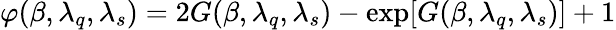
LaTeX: \varphi(\beta,\lambda_{q},\lambda_{s})=2G(\beta,\lambda_{q},\lambda_{s})-\exp[G(\beta,\lambda_{q},\lambda_{s})]+1